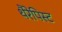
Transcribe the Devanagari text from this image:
थैरेपिस्ट